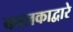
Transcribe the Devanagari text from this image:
कालकाद्वारे